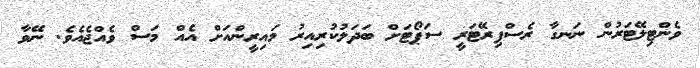
ވެންޓިލޭޓަރުން ނަނގާ ރެސްޕިރޭޓަރީ ސަޕޯޓަށް ބަދަލުކުރިއިރު މައިރީންއަށް އެއް މަސް ވެއްޖެއެވެ. ނޭވާ